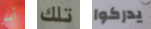
أسر تلك يدركوا